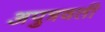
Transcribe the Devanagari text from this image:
अपुत्रवती